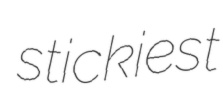
stickiest